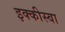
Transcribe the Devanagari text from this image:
इक्कीस्वा